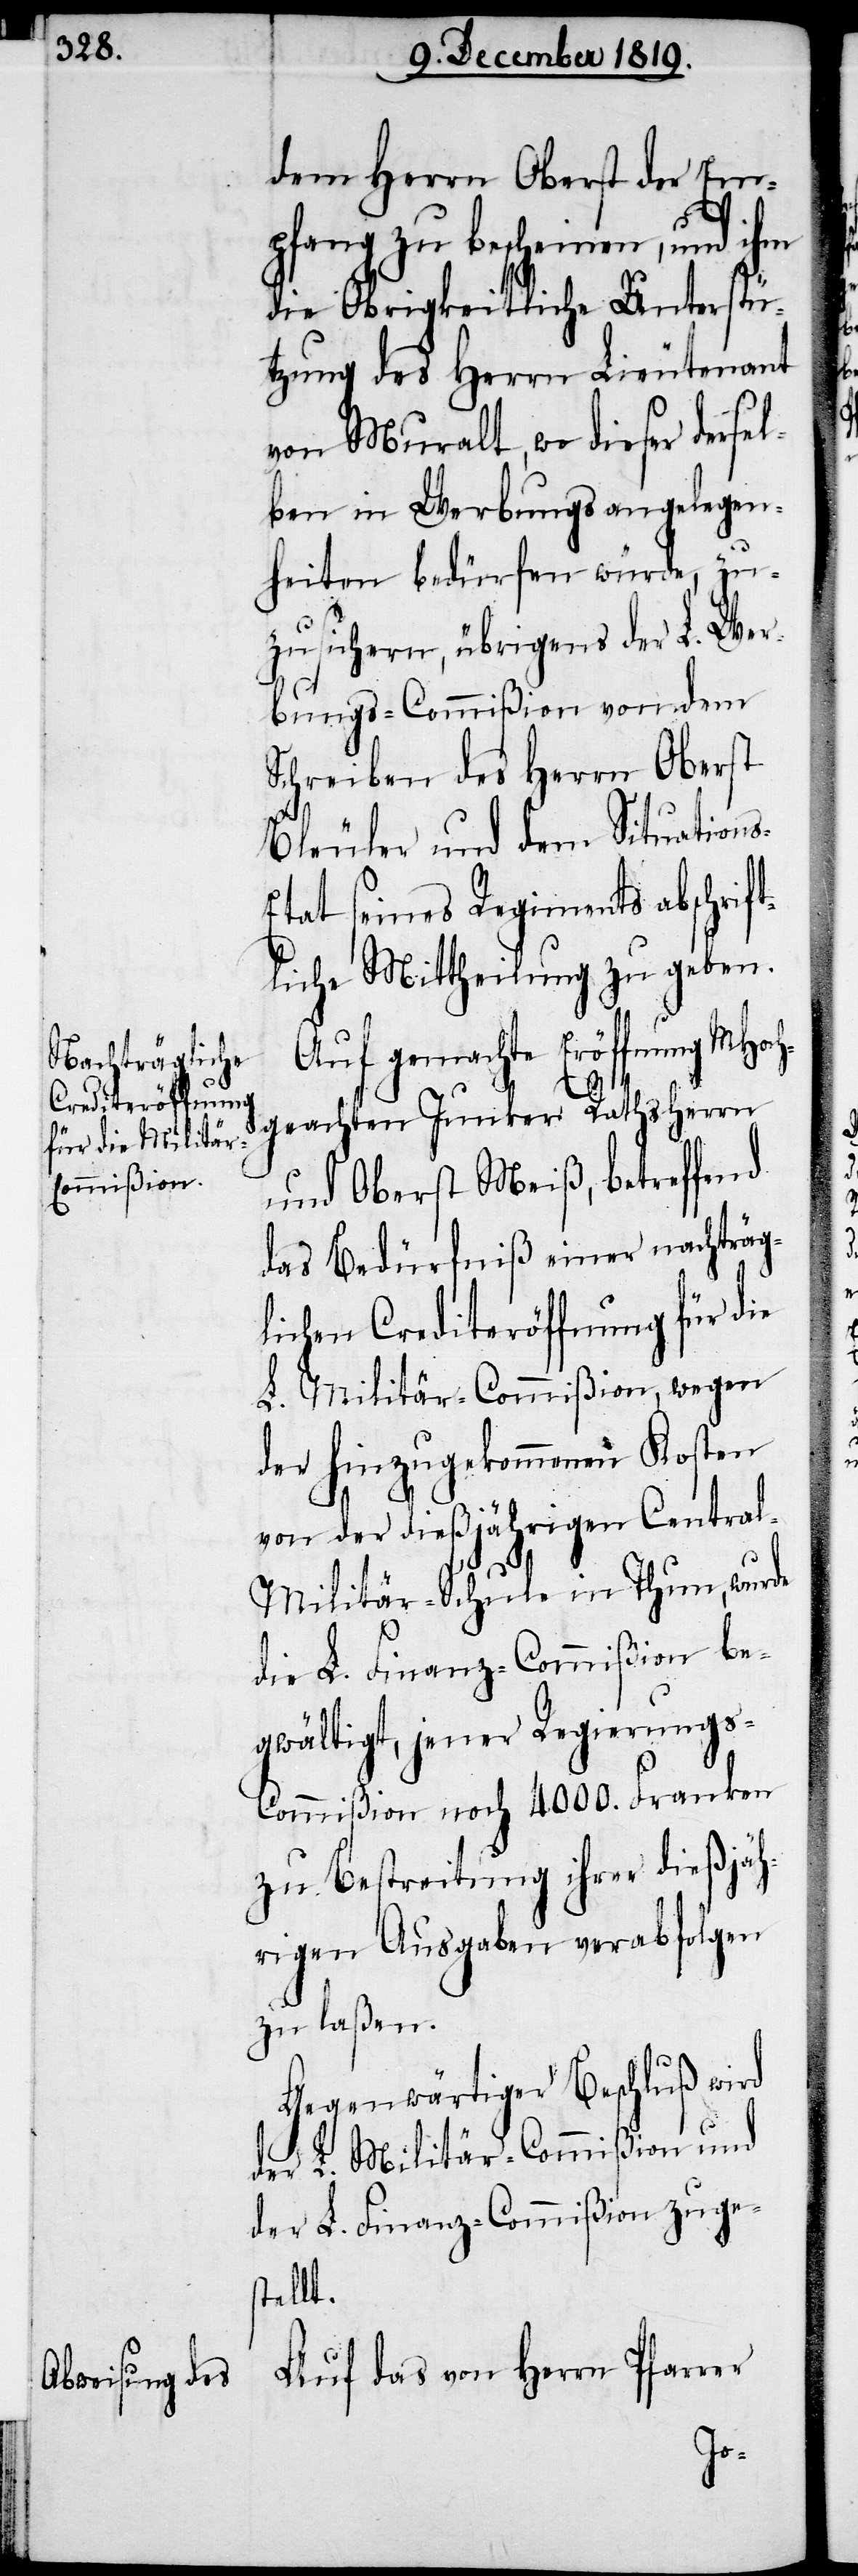
dem Herrn Oberst der Em¬
pfang zu bescheinen, und ihm
die Obrigkeitliche Unterstü¬
tzung des Herrn Lieutenant
von Muralt, wo dieser dersel¬
ben in Werbungsangelegen¬
heiten bedürfen würde, zu¬
zusichern, übrigens der L. Wer¬
bungs-Commißion von dem
Schreiben des Herrn Oberst
Bleuler und dem Situation¬
tat seines Regiments abschrif¬
tliche Mittheilung zu geben.
Auf gemachte Eröffnung MHoch¬
geachten Junker Rathsherrn
und Oberst Meiß, betreffend
das Bedürfniß einer nachträg¬
lichen Crediteröffnung für die
L. Militär-Commißion, wegen
der hinzugekommenen Kosten
von der dießjährigen Centra¬
l-Militär-Schule in Thun, wurde
die L. Finanz-Commißion be¬
gwältigt, jener Regiments-C¬
ommißion noch 4000. Franken
zu Bestreitung ihrer dießjäh¬
rigen Ausgaben verabfolgen
zu laßen.
Auf das von Herrn Pfarrer
s-E¬